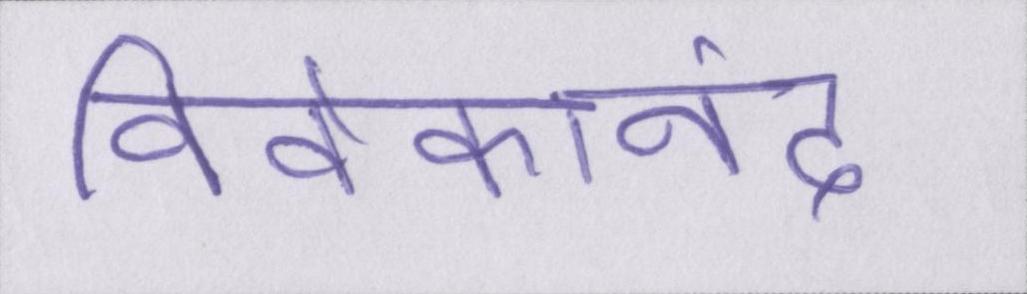
विवेकानंद